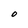
Character: O